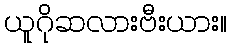
ယူဂိုဆလားဗီးယား။